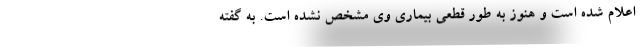
اعلام شده است و هنوز به طور قطعی بیماری وی مشخص نشده است. به گفته